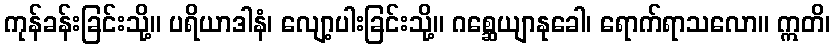
ကုန်ခန်းခြင်းသို့။ ပရိယာဒါနံ၊ လျော့ပါးခြင်းသို့။ ဂစ္ဆေယျာနုခေါ၊ ရောက်ရာသလော။ ဣတိ၊